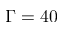
\Gamma = 4 0